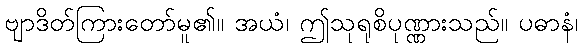
ဗျာဒိတ်ကြားတော်မူ၏။ အယံ၊ ဤသုရုစိပုဏ္ဏားသည်။ ပဓာနံ၊